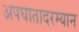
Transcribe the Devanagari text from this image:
अपघातादरम्यान